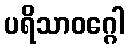
ပရိသာဝဂ္ဂေါ